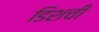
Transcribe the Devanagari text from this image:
डिशची